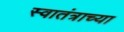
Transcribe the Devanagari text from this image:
स्वातंत्राच्या